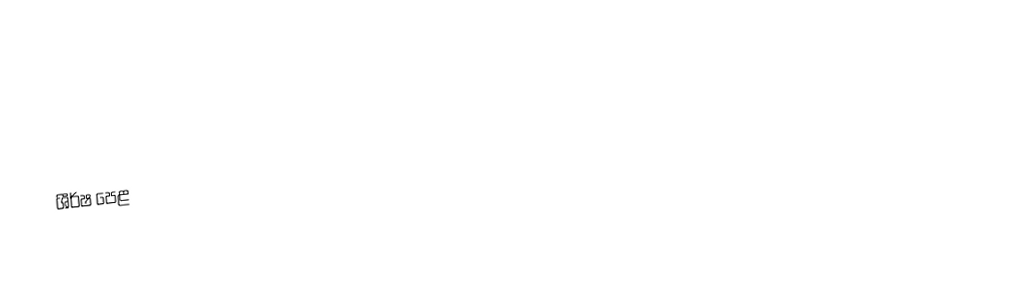

ශීර්ෂ පෙළ